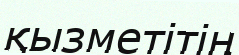
қызметітің